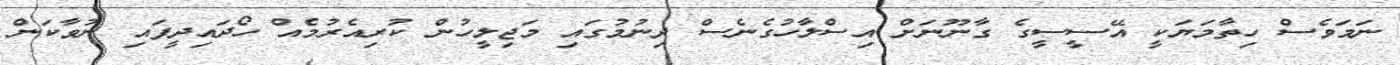
ނަމަވެސް ހިތާމަޔަކީ އޭސީސީގެ ގާނޫނަށް އިސްލާހުގެނެސް ދިނުމުގައި މަޖިލީހުން ކުރިއެރުމެއް ހޯދައިދީފައި ނުވާކަން